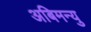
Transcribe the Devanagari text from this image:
अबिमन्यु